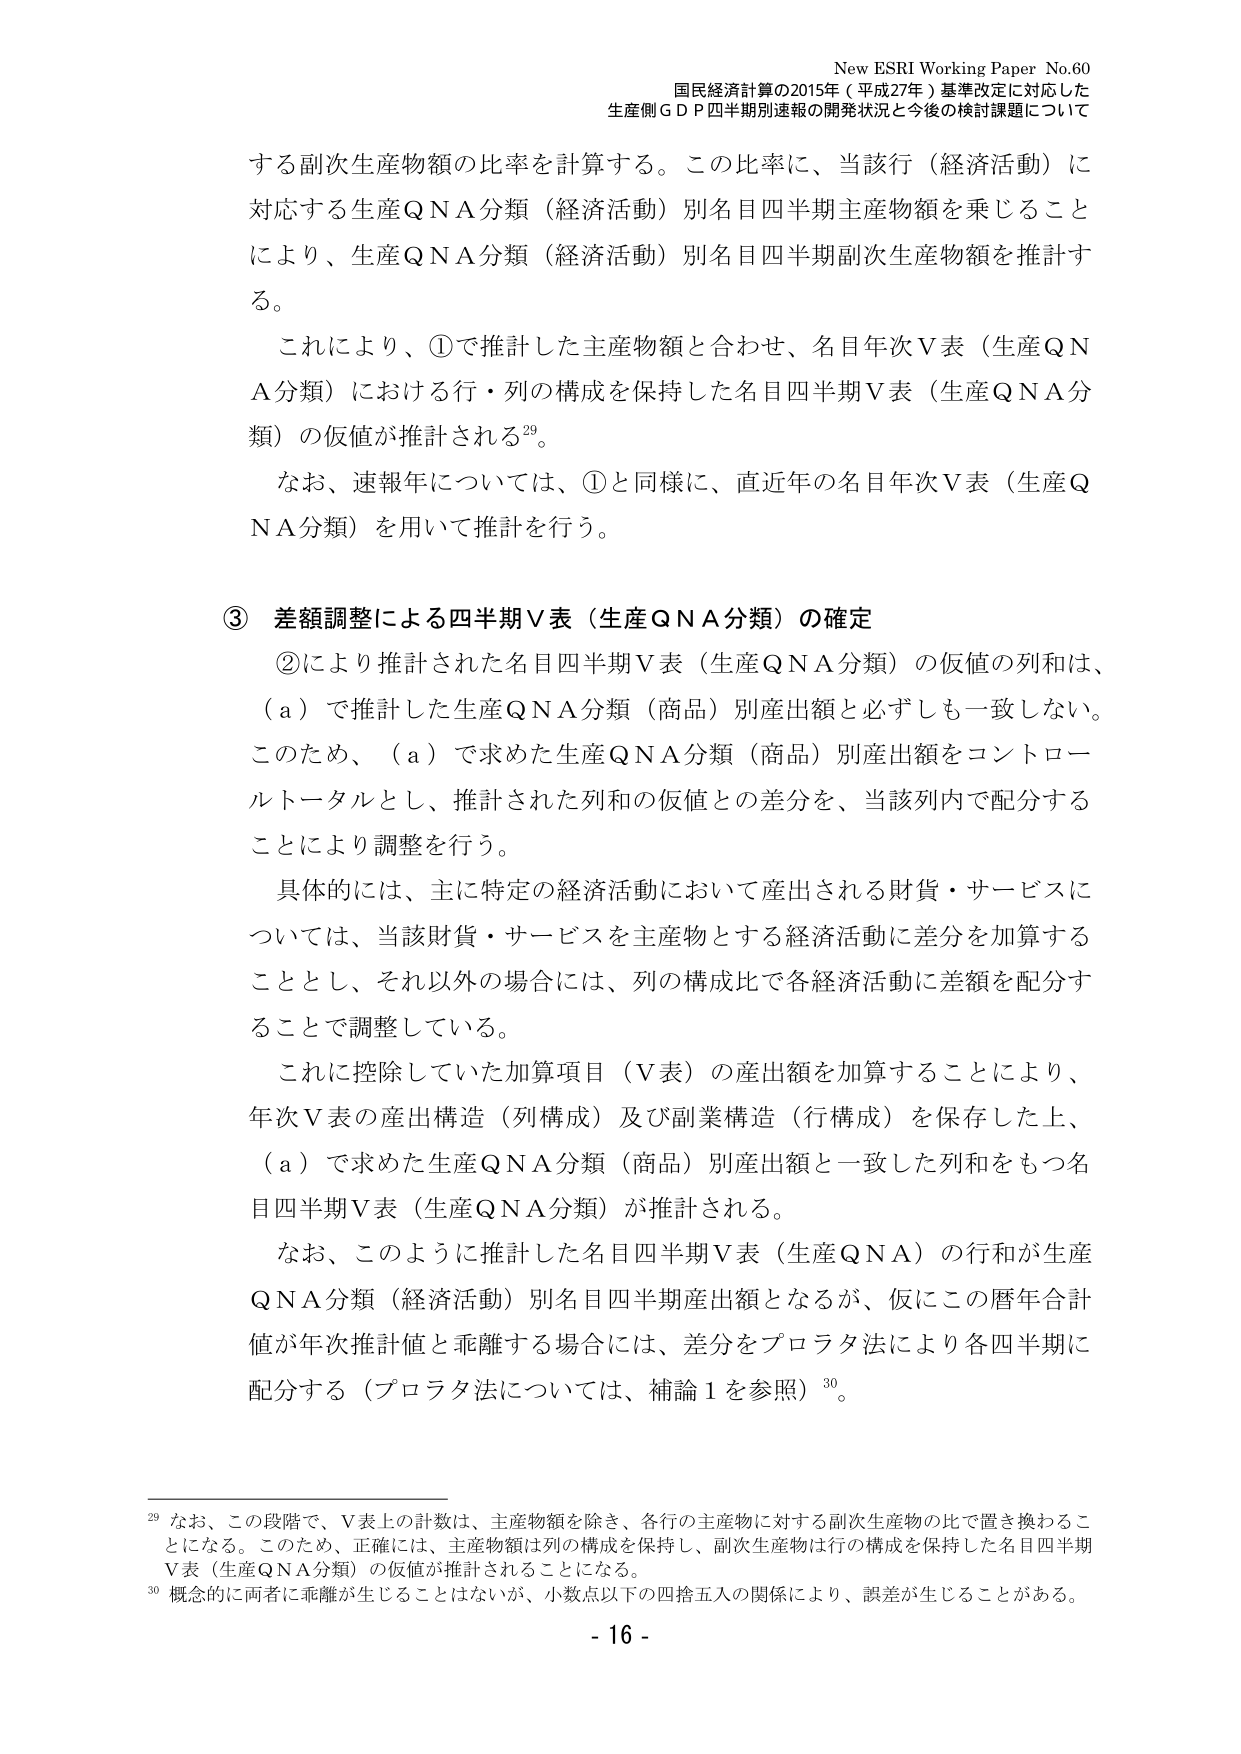
New ESRI Working Paper No.60
国民経済計算の2015年（平成27年）基準改定に対応した
生産側ＧＤＰ四半期別速報の開発状況と今後の検討課題について

する副次生産物額の比率を計算する。この比率に、当該行（経済活動）に
対応する生産ＱＮＡ分類（経済活動）別名目四半期主産物額を乗じること
により、生産ＱＮＡ分類（経済活動）別名目四半期副次生産物額を推計す
る。

これにより、①で推計した主産物額と合わせ、名目年次Ｖ表（生産ＱＮ
Ａ分類）における行・列の構成を保持した名目四半期Ｖ表（生産ＱＮＡ分
類）の仮値が推計される²⁹。

なお、速報年については、①と同様に、直近年の名目年次Ｖ表（生産Ｑ
ＮＡ分類）を用いて推計を行う。

③ 差額調整による四半期Ｖ表（生産ＱＮＡ分類）の確定

②により推計された名目四半期Ｖ表（生産ＱＮＡ分類）の仮値の列和は、
（ａ）で推計した生産ＱＮＡ分類（商品）別産出額と必ずしも一致しない。
このため、（ａ）で求めた生産ＱＮＡ分類（商品）別産出額をコントロー
ルトータルとし、推計された列和の仮値との差分を、当該列内で配分する
ことにより調整を行う。

具体的には、主に特定の経済活動において産出される財貨・サービスに
ついては、当該財貨・サービスを主産物とする経済活動に差分を加算する
こととし、それ以外の場合には、列の構成比で各経済活動に差額を配分す
ることで調整している。

これに控除していた加算項目（Ｖ表）の産出額を加算することにより、
年次Ｖ表の産出構造（列構成）及び副業構造（行構成）を保存した上、
（ａ）で求めた生産ＱＮＡ分類（商品）別産出額と一致した列和をもつ名
目四半期Ｖ表（生産ＱＮＡ分類）が推計される。

なお、このように推計した名目四半期Ｖ表（生産ＱＮＡ）の行和が生産
ＱＮＡ分類（経済活動）別名目四半期産出額となるが、仮にこの暦年合計
値が年次推計値と乖離する場合には、差分をプロラタ法により各四半期に
配分する（プロラタ法については、補論１を参照）³⁰。

²⁹ なお、この段階で、Ｖ表上の計数は、主産物額を除き、各行の主産物に対する副次生産物の比で置き換わることになる。このため、正確には、主産物額は列の構成を保持し、副次生産物は行の構成を保持した名目四半期Ｖ表（生産ＱＮＡ分類）の仮値が推計されることになる。
³⁰ 概念的に両者に乖離が生じることはないが、小数点以下の四捨五入の関係により、誤差が生じることがある。

- 16 -